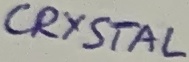
Text: CRYSTAL